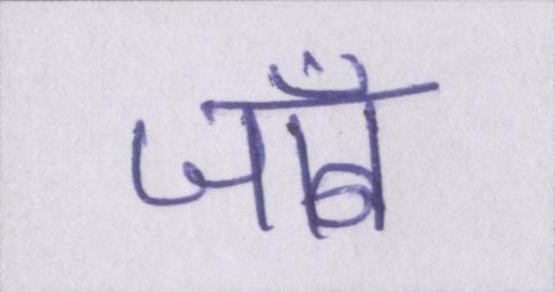
जॉब